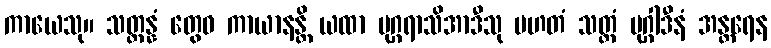
ကာယေသု။ သတ္တန္နံ တွေဝ ကာယာနန္တိ ယထာ မုဂ္ဂရာသိအာဒီသု ပဟတံ သတ္ထံ မုဂ္ဂါဒီနံ အန္တရေန